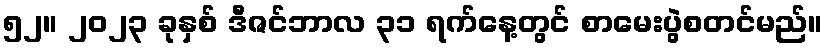
၅၂။ ၂၀၂၃ ခုနှစ် ဒီဇင်ဘာလ ၃၁ ရက်နေ့တွင် စာမေးပွဲစတင်မည်။